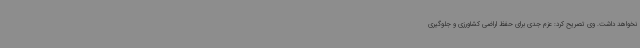
نخواهد داشت. وی تصریح کرد: عزم جدی برای حفظ اراضی کشاورزی و جلوگیری